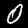
Label: 0